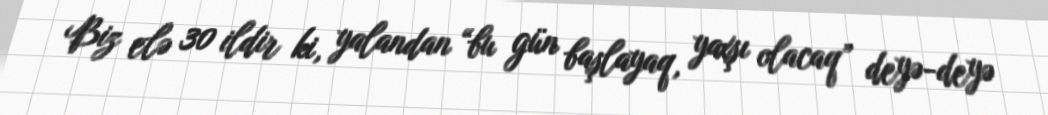
Biz elə 30 ildir ki, yalandan “bu gün başlayaq, yaxşı olacaq” deyə-deyə